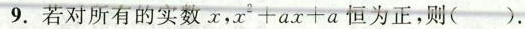
9.若对所有的实数x,$$x^{ 2 } + a x + a$$ 为正，则( )。